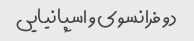
دو فرانسوی و اسپانیایی